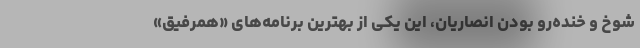
شوخ و خنده‌رو بودن انصاریان، این یکی از بهترین برنامه‌های «همرفیق»